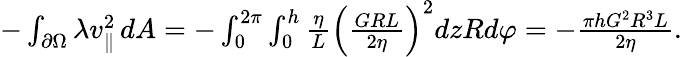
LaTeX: \begin{array}{r}{-\int_{\partial\Omega}\lambda v_{\parallel}^{2}\, dA=-\int_{0}^{2\pi}\int_{0}^{h}\frac{\eta}{L}\left(\frac{GRL}{2\eta}\right)^{2}dzRd\varphi=-\frac{\pi hG^{2}R^{3}L}{2\eta}.}\end{array}